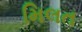
મિલત